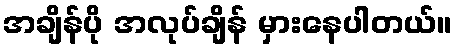
အချိန်ပို အလုပ်ချိန် မှားနေပါတယ်။